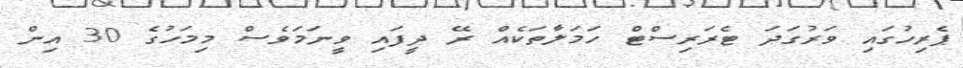
ޕެރިހުގައި ވަރުގަދަ ޓެރަރިސްޓް ހަމަލާތަކެއް ރޭ ދީފައި ވީނަމަވެސް މިމަހުގެ 30 އިން